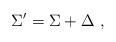
LaTeX: \begin{align*}\Sigma^{\prime} = \Sigma + \Delta \ ,\end{align*}